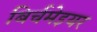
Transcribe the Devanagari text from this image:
बिर्चमेइयर